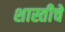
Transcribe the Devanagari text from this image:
शास्तीचे